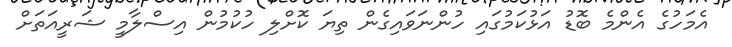
އެމަހުގެ އެންމެ ބޮޑު އަޅުކަމުގައި ހުންނަވައިގެން ތިޔަ ކޮށްލި ހުކުމުން އިސްލާމީ ޝަރީއަތަށް